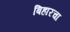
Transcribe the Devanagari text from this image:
बिहारचा